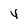
Character: 4